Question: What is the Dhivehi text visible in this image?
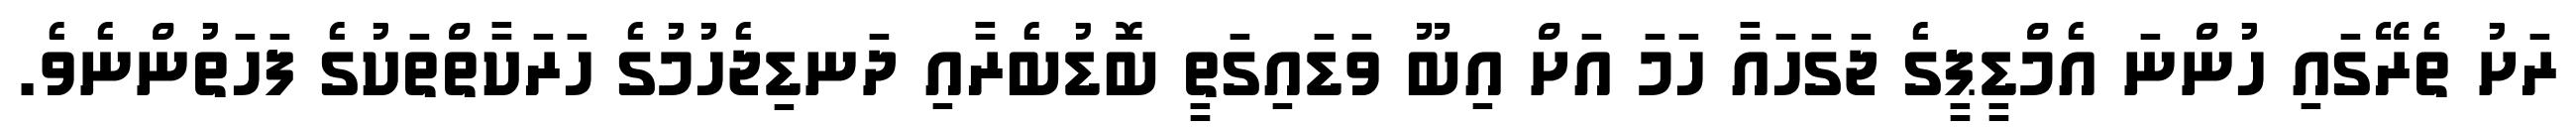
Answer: ރަށު ތެރޭގައި ހުންނަ އެމްޑީޕީގެ ޖަގަހައާ ހަމަ އަށް އިބޫ ވަޑައިގަތީ ބޮޑުބެރާއި ދަނޑިޖެހުމުގެ ހަރަކާތްތަކުގެ ފަހަތުންނެވެ.